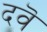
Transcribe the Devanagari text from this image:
दवॆ